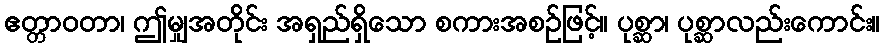
ဧတ္တာဝတာ၊ ဤမျှအတိုင်း အရှည်ရှိသော စကားအစဉ်ဖြင့်။ ပုစ္ဆာ၊ ပုစ္ဆာလည်းကောင်း။